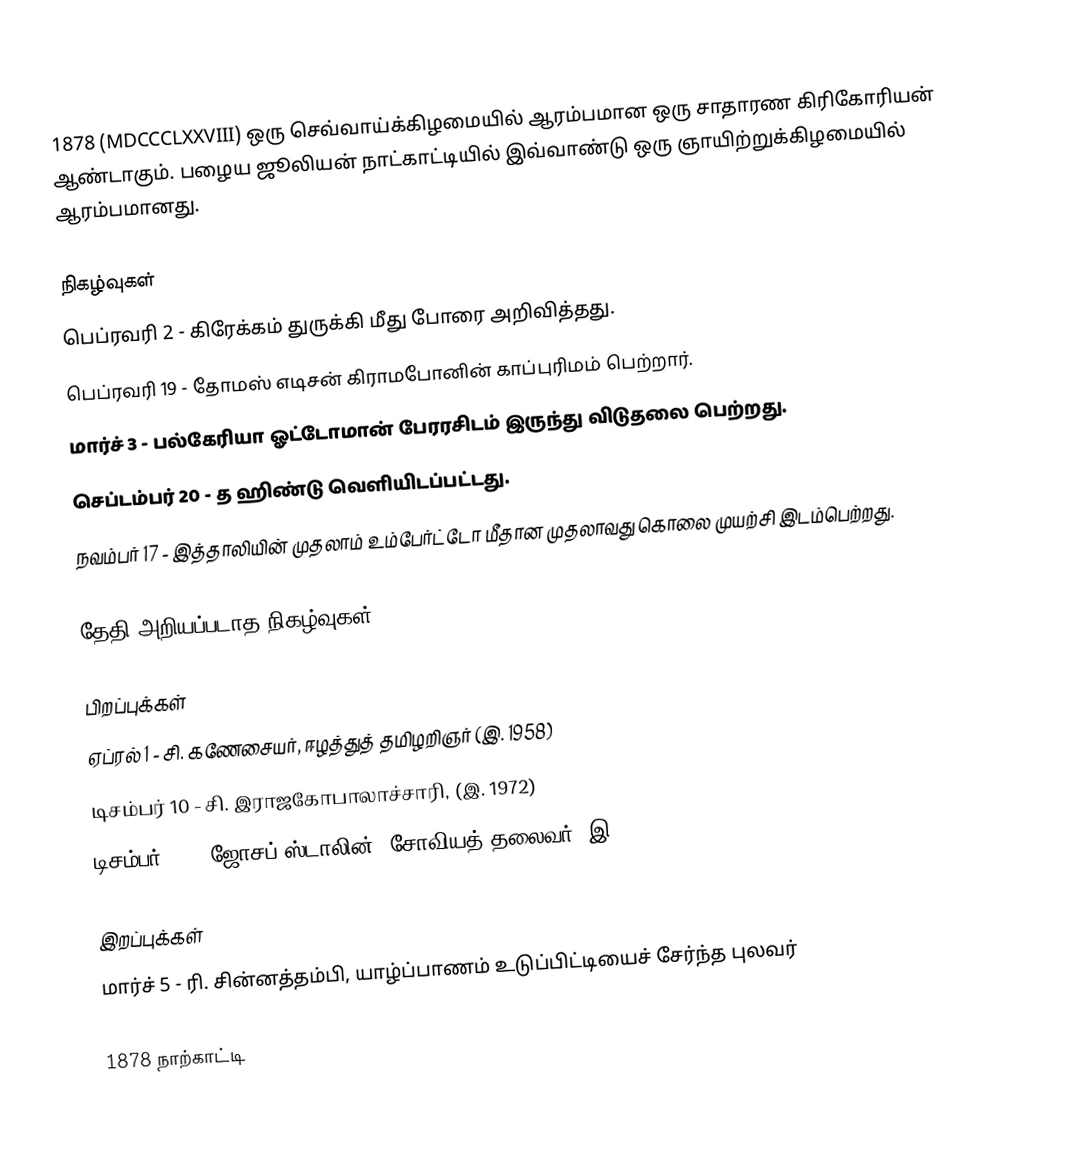
1878  (MDCCCLXXVIII) ஒரு செவ்வாய்க்கிழமையில் ஆரம்பமான ஒரு சாதாரண கிரிகோரியன் ஆண்டாகும். பழைய ஜூலியன் நாட்காட்டியில் இவ்வாண்டு ஒரு ஞாயிற்றுக்கிழமையில் ஆரம்பமானது.

நிகழ்வுகள்
 பெப்ரவரி 2 - கிரேக்கம் துருக்கி மீது போரை அறிவித்தது.
 பெப்ரவரி 19 - தோமஸ் எடிசன் கிராமபோனின் காப்புரிமம் பெற்றார்.
 மார்ச் 3 - பல்கேரியா ஓட்டோமான் பேரரசிடம் இருந்து விடுதலை பெற்றது.
 செப்டம்பர் 20 - த ஹிண்டு வெளியிடப்பட்டது.
 நவம்பர் 17 - இத்தாலியின் முதலாம் உம்பேர்ட்டோ மீதான முதலாவது கொலை முயற்சி இடம்பெற்றது.

தேதி அறியப்படாத நிகழ்வுகள்

பிறப்புக்கள்
 ஏப்ரல் 1 - சி. கணேசையர், ஈழத்துத் தமிழறிஞர் (இ. 1958)
 டிசம்பர் 10 - சி. இராஜகோபாலாச்சாரி, (இ. 1972)
 டிசம்பர் 18 - ஜோசப் ஸ்டாலின், சோவியத் தலைவர் (இ. 1953)

இறப்புக்கள்
 மார்ச் 5 - ரி. சின்னத்தம்பி, யாழ்ப்பாணம் உடுப்பிட்டியைச் சேர்ந்த புலவர்

1878 நாற்காட்டி